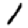
Digit: 1